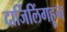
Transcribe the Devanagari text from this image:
दार्जिलिंगहून